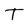
Character: T